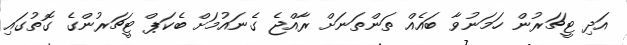
އަދި ޓީޗަރުން ހަމަނުވާ ބައެއް ތަންތަނަށް ރާއްޖެ ގެނައުމަށް ބެކަޕް ޓީޗަރުންގެ ގޮތުގައި